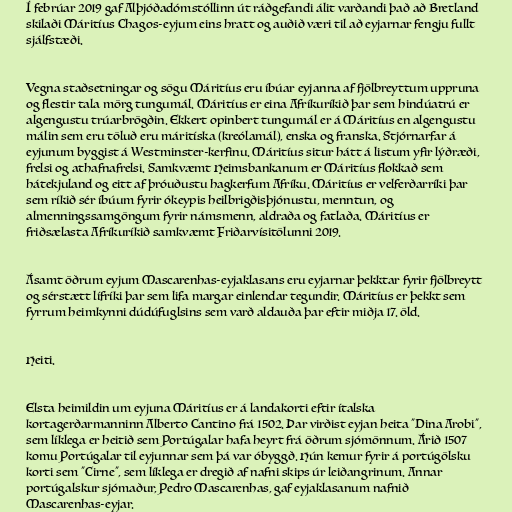
Í febrúar 2019 gaf Alþjóðadómstóllinn út ráðgefandi álit varðandi það að Bretland
skilaði Máritíus Chagos-eyjum eins hratt og auðið væri til að eyjarnar fengju fullt
sjálfstæði.

Vegna staðsetningar og sögu Máritíus eru íbúar eyjanna af fjölbreyttum uppruna
og flestir tala mörg tungumál. Máritíus er eina Afríkuríkið þar sem hindúatrú er
algengustu trúarbrögðin. Ekkert opinbert tungumál er á Máritíus en algengustu
málin sem eru töluð eru máritíska (kreólamál), enska og franska. Stjórnarfar á
eyjunum byggist á Westminster-kerfinu. Máritíus situr hátt á listum yfir lýðræði,
frelsi og athafnafrelsi. Samkvæmt Heimsbankanum er Máritíus flokkað sem
hátekjuland og eitt af þróuðustu hagkerfum Afríku. Máritíus er velferðarríki þar
sem ríkið sér íbúum fyrir ókeypis heilbrigðisþjónustu, menntun, og
almenningssamgöngum fyrir námsmenn, aldraða og fatlaða. Máritíus er
friðsælasta Afríkuríkið samkvæmt Friðarvísitölunni 2019.

Ásamt öðrum eyjum Mascarenhas-eyjaklasans eru eyjarnar þekktar fyrir fjölbreytt
og sérstætt lífríki þar sem lifa margar einlendar tegundir. Máritíus er þekkt sem
fyrrum heimkynni dúdúfuglsins sem varð aldauða þar eftir miðja 17. öld.

Heiti.

Elsta heimildin um eyjuna Máritíus er á landakorti eftir ítalska
kortagerðarmanninn Alberto Cantino frá 1502. Þar virðist eyjan heita "Dina Arobi",
sem líklega er heitið sem Portúgalar hafa heyrt frá öðrum sjómönnum. Árið 1507
komu Portúgalar til eyjunnar sem þá var óbyggð. Hún kemur fyrir á portúgölsku
korti sem "Cirne", sem líklega er dregið af nafni skips úr leiðangrinum. Annar
portúgalskur sjómaður, Pedro Mascarenhas, gaf eyjaklasanum nafnið
Mascarenhas-eyjar.